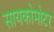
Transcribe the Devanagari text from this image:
सायकोमोटर